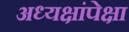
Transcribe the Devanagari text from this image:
अध्यक्षांपेक्षा